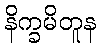
နိက္ခမိတူန